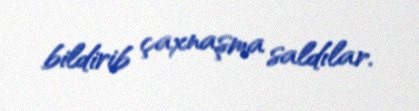
bildirib çaxnaşma saldılar.